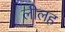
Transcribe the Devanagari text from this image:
लीलह